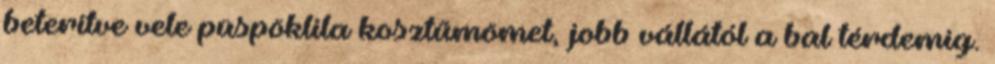
beterítve vele püspöklila kosztűmömet, jobb vállától a bal térdemig.